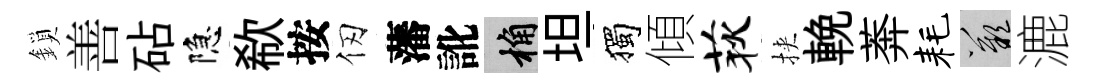
鎖善砧隐欷按仞藩訛桷坦獨傾荻挾輓莾耗嘆漉